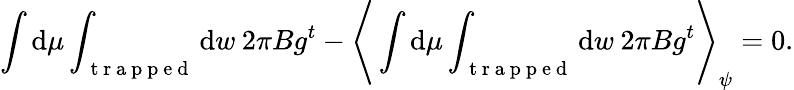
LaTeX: \int\mathrm{d}\mu\int_{\mathrm{~t~r~a~p~p~e~d~}}\mathrm{d}w\: 2\pi Bg^{t}-\Bigg\langle\int\mathrm{d}\mu\int_{\mathrm{~t~r~a~p~p~e~d~}}\mathrm{d}w\: 2\pi Bg^{t}\Bigg\rangle_{\psi}=0.